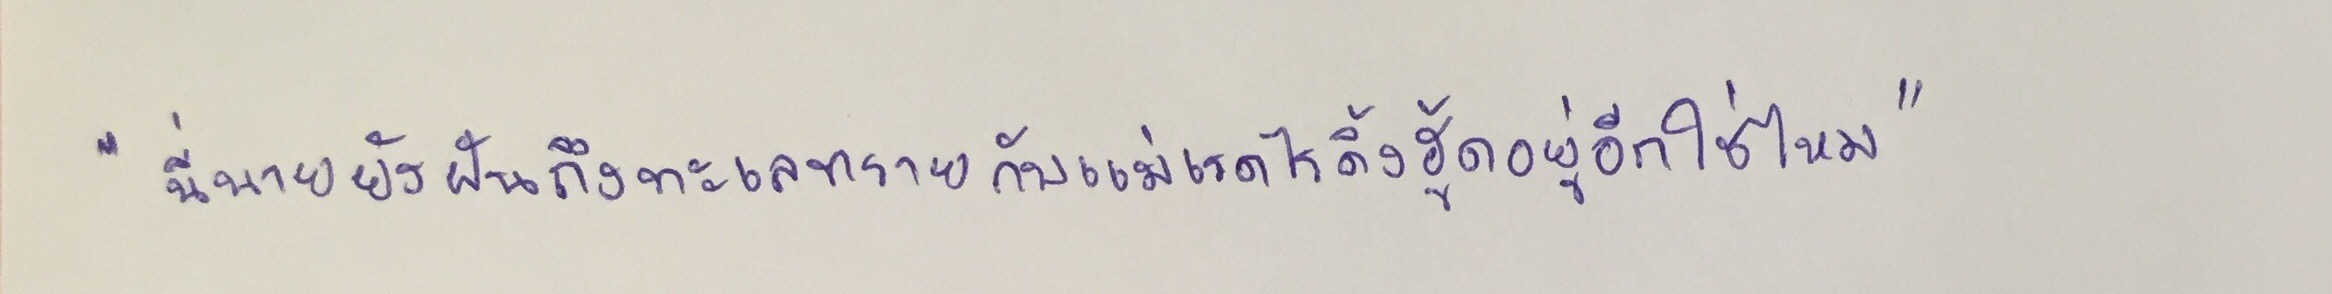
"นี่นายยังฝันถึงทะเลทรายกับแม่เรดไรดิ้งฮู้ดอยู่อีกใช่ไหม"